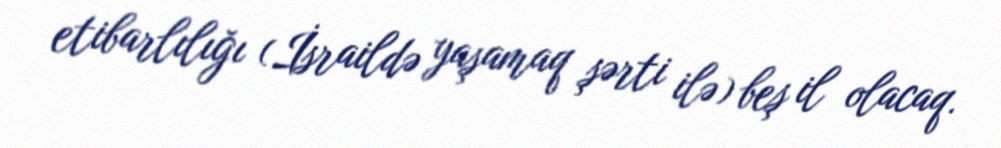
etibarlılığı (İsraildə yaşamaq şərti ilə) beş il olacaq.